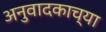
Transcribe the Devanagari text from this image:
अनुवादकाच्या